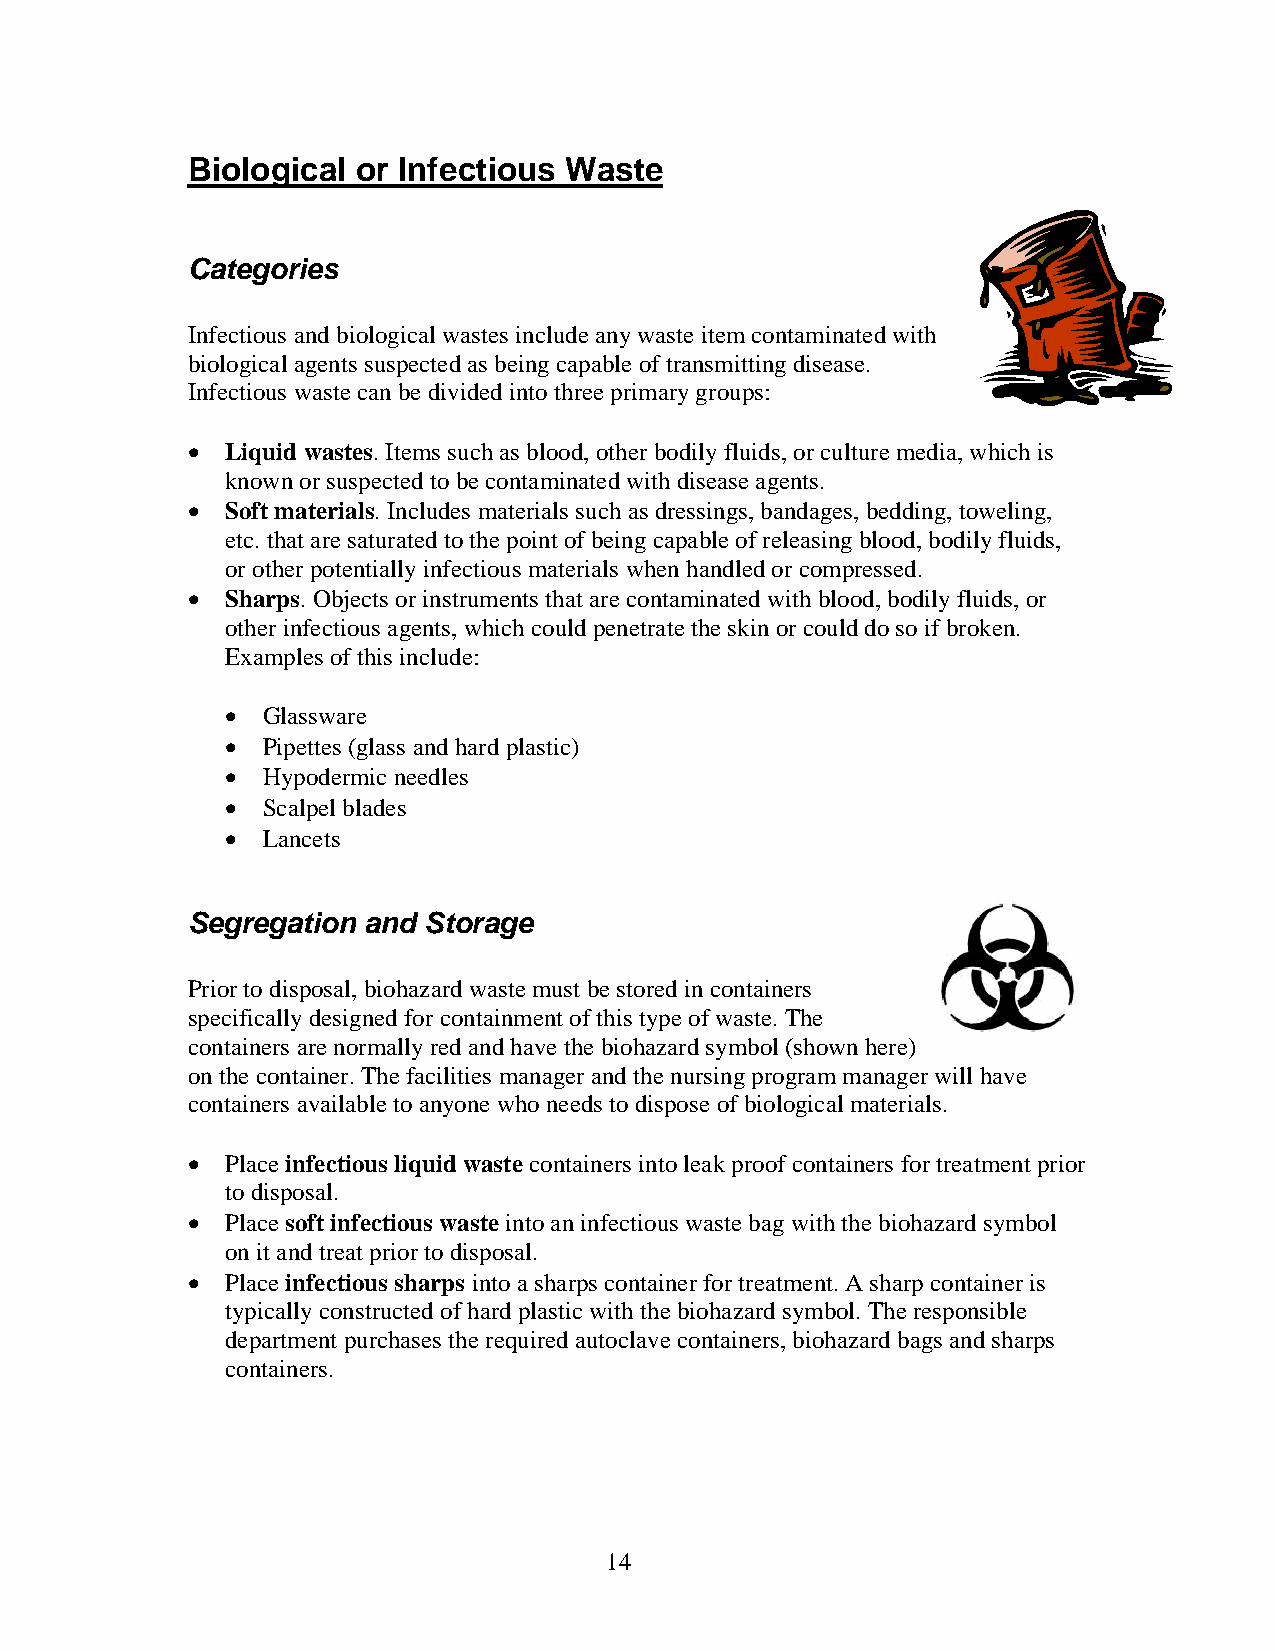
Biological  or Infectious Waste
 Categories
 Infectious and biological wastes include any waste item contaminated with
 biological agents suspected as being capable of transmitting disease.
 Infectious waste can be divided into three primary groups:
   Liquid wastes. Items such as blood, other bodily fluids, or culture media, which is
 known or suspected to be contaminated with disease agents.
   Soft materials. Includes materials such as dressings, bandages, bedding, toweling,
 etc. that are saturated to the point of being capable of releasing blood, bodily fluids,
 or other potentially infectious materials when handled or compressed.
   Sharps. Objects or instruments that are contaminated with blood, bodily fluids, or
 other infectious agents, which could penetrate the skin or could do so if broken.
 Examples of this include:
  Glassware
  Pipettes (glass and hard plastic)
  Hypodermic needles
  Scalpel blades
  Lancets
 Segregation and Storage
 Prior to disposal, biohazard wastemust be stored in containers
 specifically designed for containment of this type of waste. The
 containers are normally red and have the biohazard symbol(shown here)
 on the container. The facilities manager and the nursing program manager will have
 containers available to anyone who needs to dispose of biological materials.
   Place infectious liquid waste containers into leak proof containers for treatment prior
 to disposal.
   Place soft infectious waste into an infectious waste bag with the biohazard symbol
 on it and treat prior to disposal.
   Place infectious sharps into a sharps container for treatment. A sharp container is
 typically constructed of hard plastic with the biohazard symbol. The responsible
 department purchases the required autoclave containers, biohazard bags and sharps
 containers.
 14